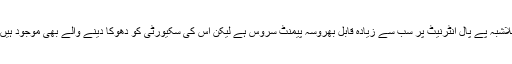
بلاشبہ پے پال انٹرنیٹ پر سب سے زیادہ قابل بھروسہ پیمنٹ سروس ہے لیکن اس کی سکیورٹی کو دھوکا دینے والے بھی موجود ہیں۔